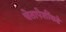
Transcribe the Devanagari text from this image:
चेतापेशींकडे